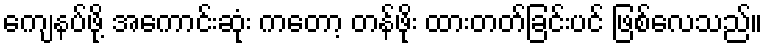
ကျေနပ်ဖို့ အကောင်းဆုံး ကတော့ တန်ဖိုး ထားတတ်ခြင်းပင် ဖြစ်လေသည်။